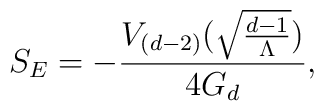
S_{E} = - \frac{V_{(d-2)}(\sqrt{\frac{d-1}{\Lambda}})}{4 G_{d}},